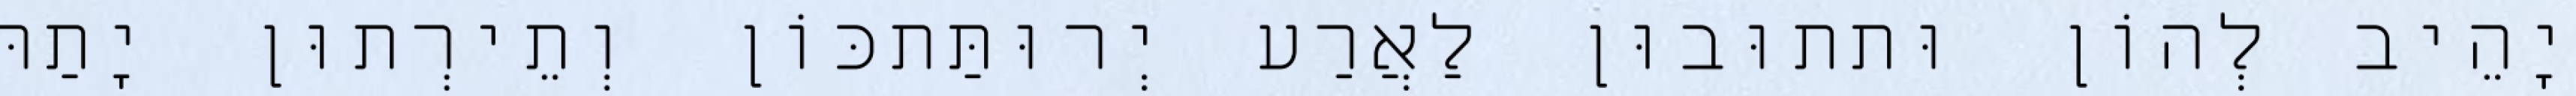
יָהֵיב לְהוֹן וּתתוּבוּן לַאֲרַע יְרוּתַּתכּוֹן וְתֵירְתוּן יָתַהּ